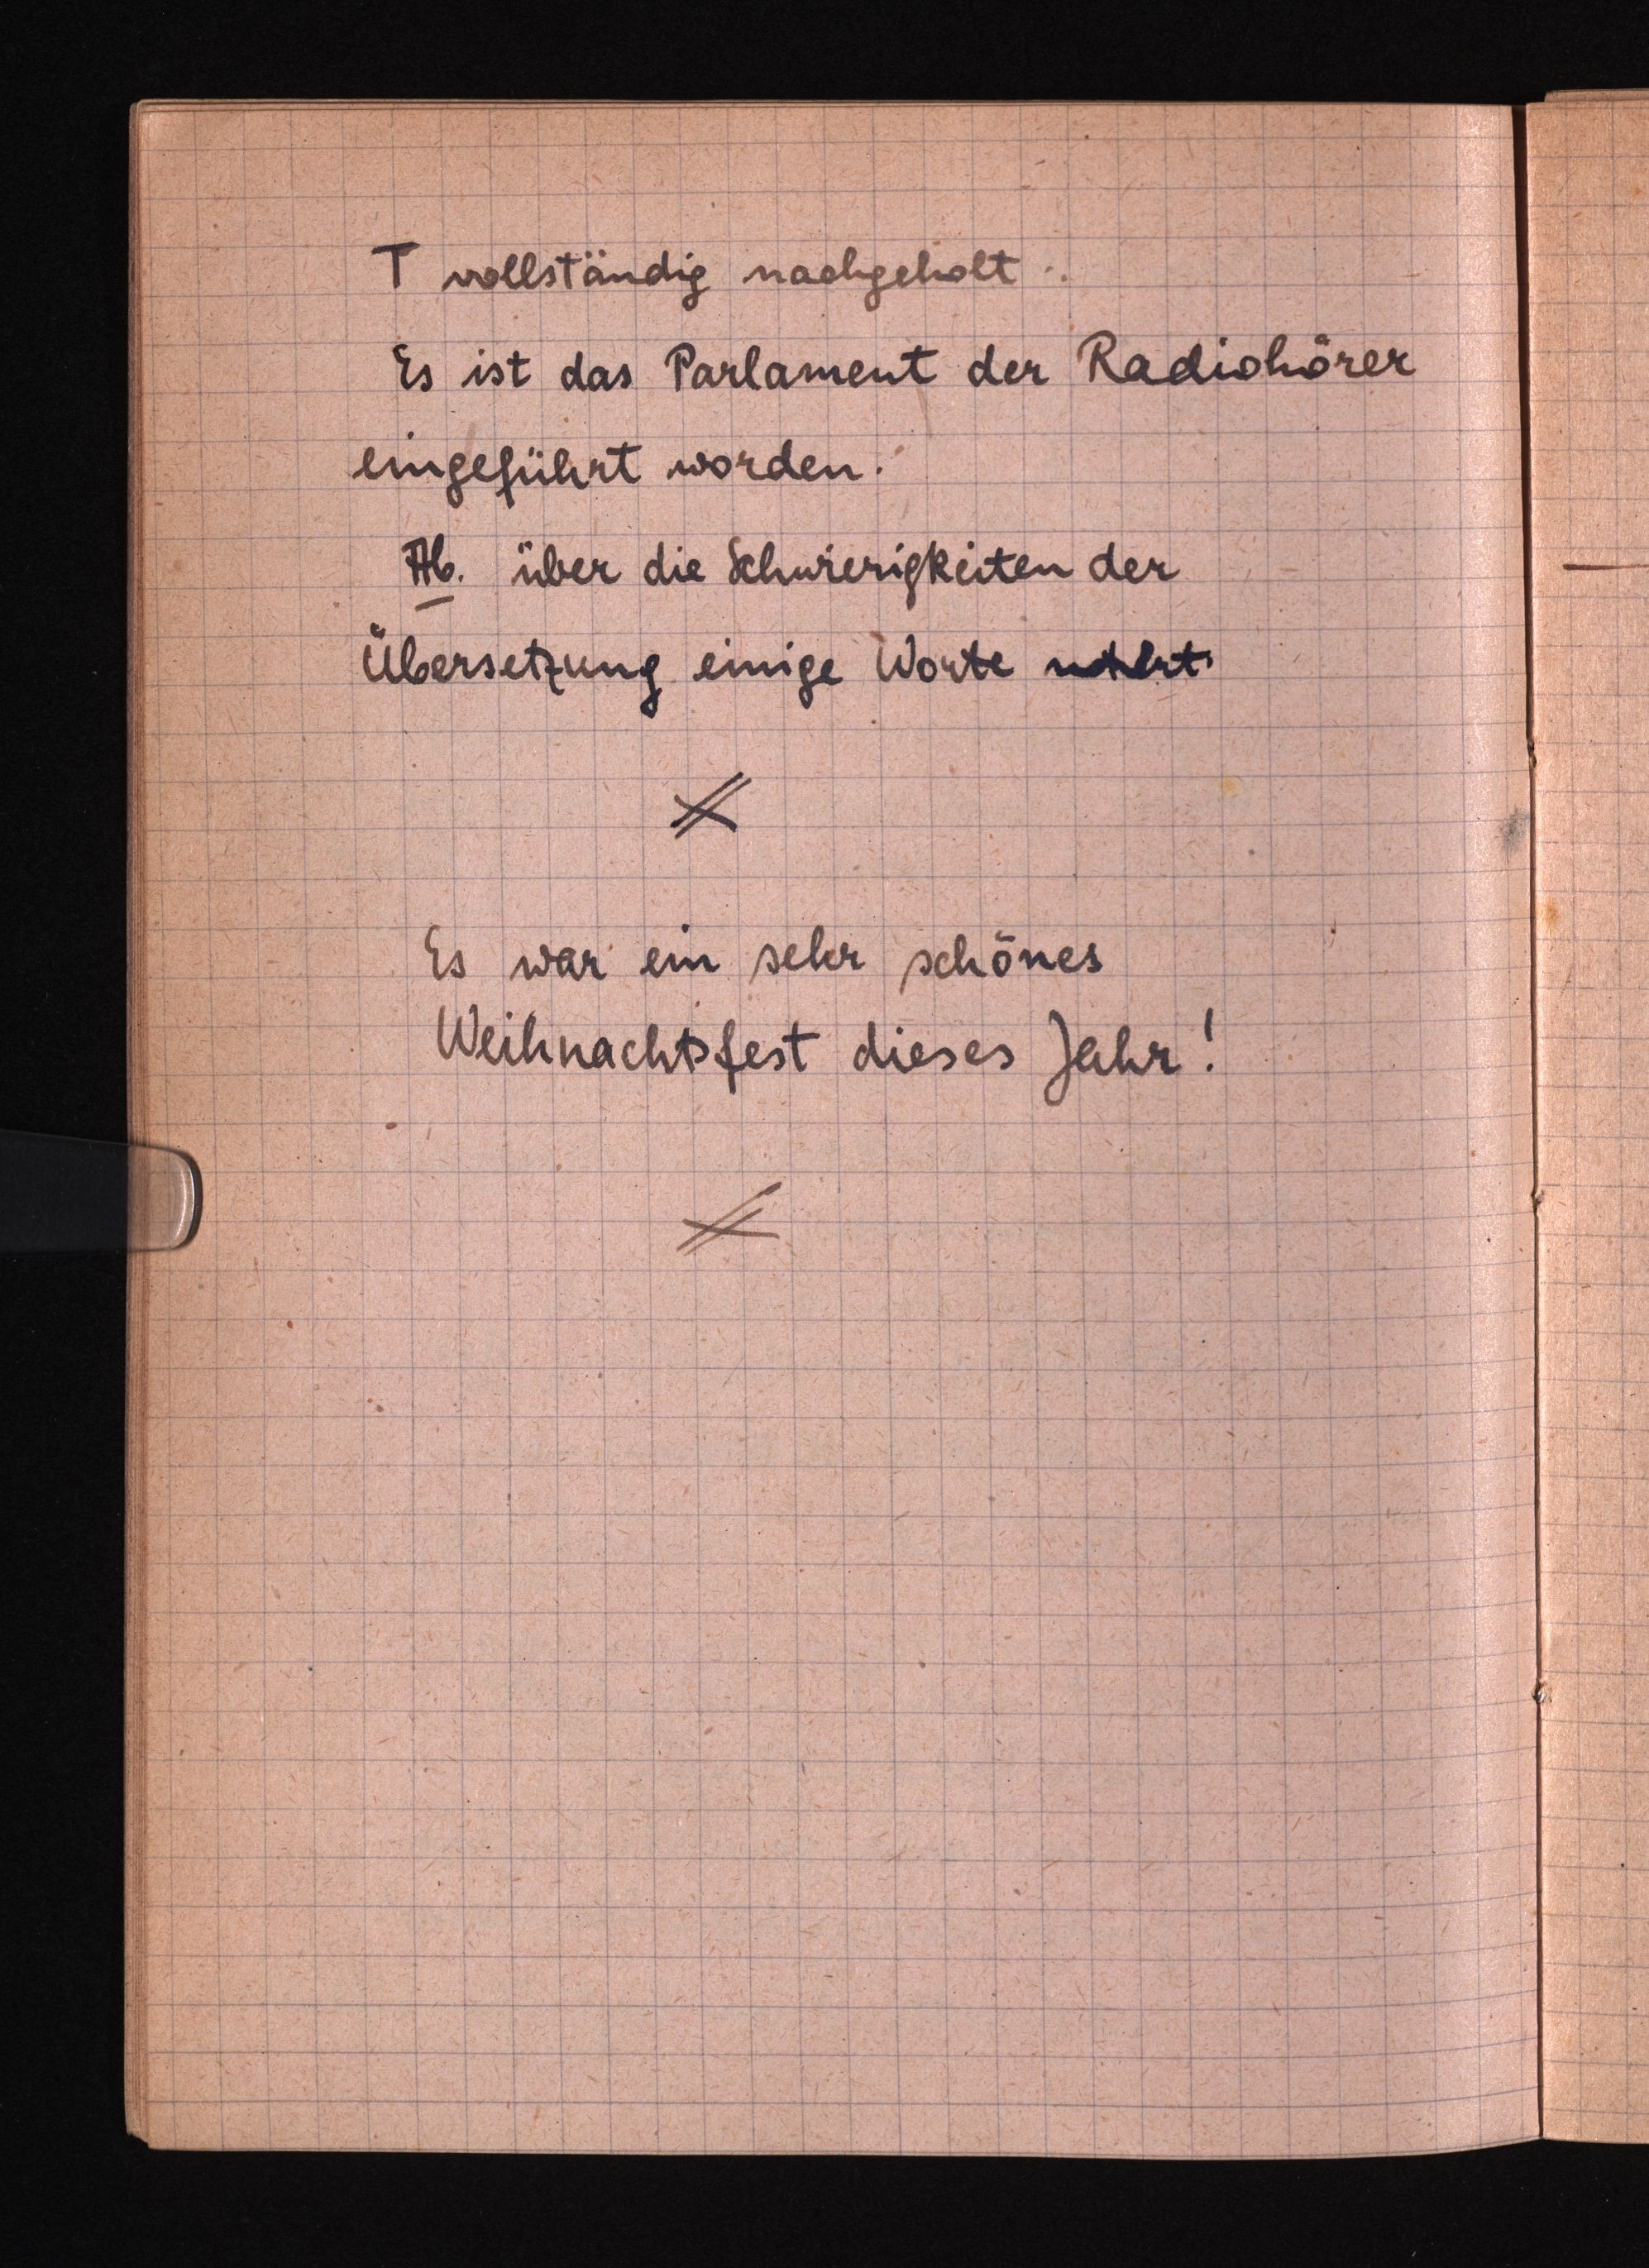
T vollständig nachgeholt.
Es ist das Parlament der Radiohörer
eingeführt worden.
Ab. über die Schwierigkeiten der
Übersetzung einige Worte notert.
Es war ein sehr schönes
Weihnachtsfest dieses Jahr.